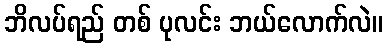
ဘိလပ်ရည် တစ် ပုလင်း ဘယ်လောက်လဲ။